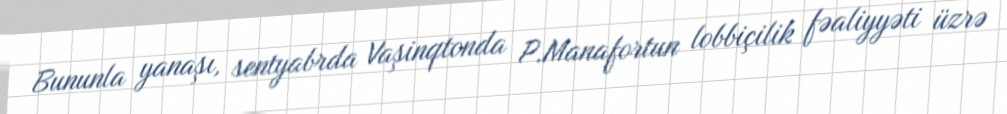
Bununla yanaşı, sentyabrda Vaşinqtonda P.Manafortun lobbiçilik fəaliyyəti üzrə